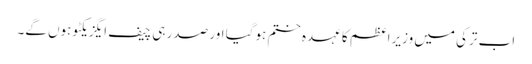
اب ترکی میں وزیراعظم کا عہدہ ختم ہوگیا اور صدر ہی چیف ایگزیکٹو ہوں گے۔